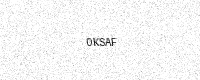
Text: 0KSAF